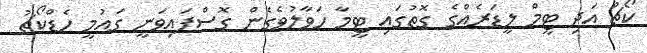
ކޯޗް އަދި ޓީމް ލީޑަރެއްގެ ގޮތުގައި ޓީމާ ހަވާލުވެގެން ގޮސްފައިވަނީ ގައުމީ ހެޑްކޯޗު